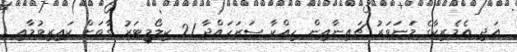
އަދި އެމެރިކާގެ މަނަވަރު ޗައިނާއިން ހިއްކާ ސަރަހައްދާ 21 ކިލޯމީޓަރު ގާތަށް ކައިރިވުމާއި